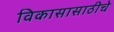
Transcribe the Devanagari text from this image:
विकासासाठीचे